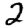
Digit: 2